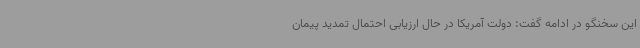
این سخنگو در ادامه گفت: دولت آمریکا در حال ارزیابی احتمال تمدید پیمان